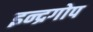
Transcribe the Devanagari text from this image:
इन्द्रगोप